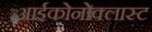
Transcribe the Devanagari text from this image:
आईकोनोक्लास्ट